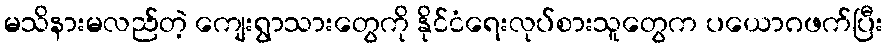
မသိနားမလည်တဲ့ ကျေးရွာသားတွေကို နိုင်ငံရေးလုပ်စားသူတွေက ပယောဂဖက်ပြီး